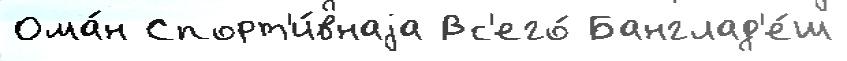
Ома́н Спорт'и́внаjа Вс'его́ Банглад'е́ш